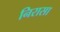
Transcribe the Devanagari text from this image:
निरासा